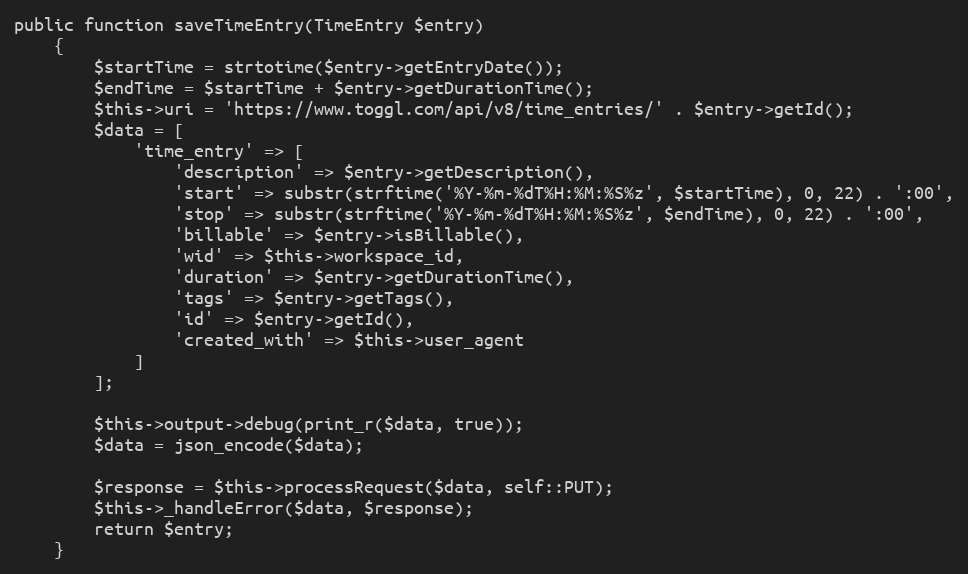
Language: PHP
public function saveTimeEntry(TimeEntry $entry)
    {
        $startTime = strtotime($entry->getEntryDate());
        $endTime = $startTime + $entry->getDurationTime();
        $this->uri = 'https://www.toggl.com/api/v8/time_entries/' . $entry->getId();
        $data = [
            'time_entry' => [
                'description' => $entry->getDescription(),
                'start' => substr(strftime('%Y-%m-%dT%H:%M:%S%z', $startTime), 0, 22) . ':00',
                'stop' => substr(strftime('%Y-%m-%dT%H:%M:%S%z', $endTime), 0, 22) . ':00',
                'billable' => $entry->isBillable(),
                'wid' => $this->workspace_id,
                'duration' => $entry->getDurationTime(),
                'tags' => $entry->getTags(),
                'id' => $entry->getId(),
                'created_with' => $this->user_agent
            ]
        ];

        $this->output->debug(print_r($data, true));
        $data = json_encode($data);

        $response = $this->processRequest($data, self::PUT);
        $this->_handleError($data, $response);
        return $entry;
    }